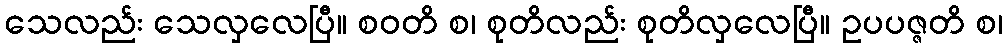
သေလည်း သေလှလေပြီ။ စဝတိ စ၊ စုတိလည်း စုတိလှလေပြီ။ ဥပပဇ္ဇတိ စ၊